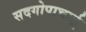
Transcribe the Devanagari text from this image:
सदगोपाचार्लू